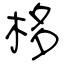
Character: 栘